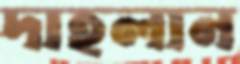
দাহলান